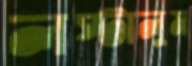
লপ্‌টালুম